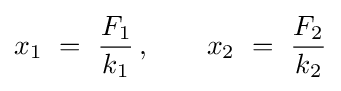
x_{1}~=~{\frac {F_{1}}{k_{1}}}\,,\qquad x_{2}~=~{\frac {F_{2}}{k_{2}}}